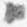
々